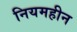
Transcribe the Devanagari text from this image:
नियमहीन